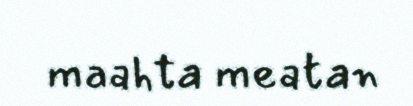
maahta meatan